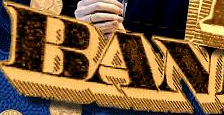
BAN